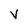
Character: V